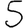
Digit: 5